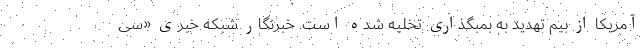
آمریکا از بیم تهدید به بمبگذاری تخلیه شده است. خبرنگار شبکه خبری «سی